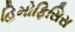
હિમોફિસિસ